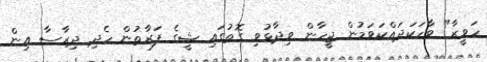
ހަވީރާ" ވާހަކަދައްކަވަމުން ޖީހާން ވިދާޅުވި ގޮތުގައި ޝީގެ ފަރާތުން ހެދި ދިރާސާ އިން